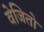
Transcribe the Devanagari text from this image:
वेजितो